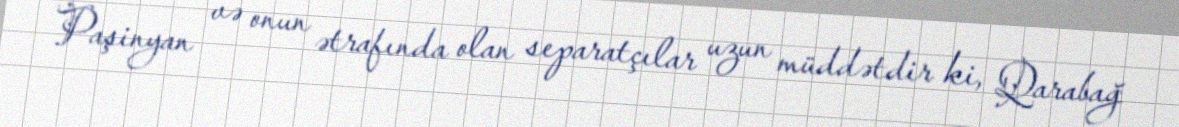
Paşinyan və onun ətrafında olan separatçılar uzun müddətdir ki, Qarabağ